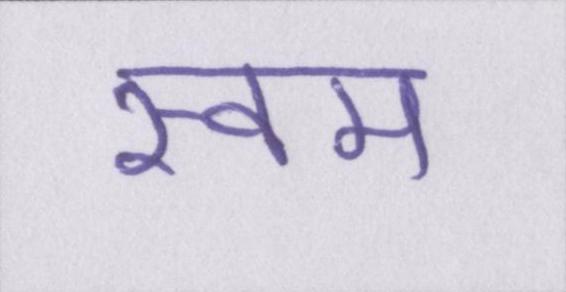
स्वम